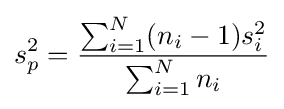
s_{p}^{2}={\frac {\sum _{i=1}^{N}(n_{i}-1)s_{i}^{2}}{\sum _{i=1}^{N}n_{i}}}